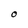
Character: O